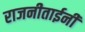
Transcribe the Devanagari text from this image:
राजनीताईनी